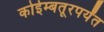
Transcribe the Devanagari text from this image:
कोईम्बतूरपर्यंत